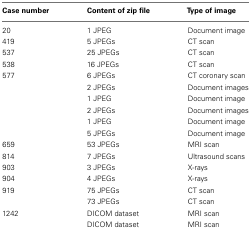
| Case number | Content of zip file | Type of image |
 | --- | --- | --- |
 | 20 | 1 JPEG | Document image |
 | 419 | 5 JPEGs | CT scan |
 | 537 | 25 JPEGs | CT scan |
 | 538 | 16 JPEGs | CT scan |
 | 577 | 6 JPEGs | CT coronary scan |
 |  | 2 JPEGs | Document images |
 |  | 1 JPEG | Document image |
 |  | 2 JPEGs | Document images |
 |  | 1 JPEG | Document image |
 |  | 5 JPEGs | Document image |
 | 659 | 53 JPEGs | MRI scan |
 | 814 | 7 JPEGs | Ultrasound scans |
 | 903 | 3 JPEGs | X-rays |
 | 904 | 4 JPEGs | X-rays |
 | 919 | 75 JPEGs | CT scan |
 |  | 73 JPEGs | CT scan |
 | 1242 | DICOM dataset | MRI scan |
 |  | DICOM dataset | MRI scan |